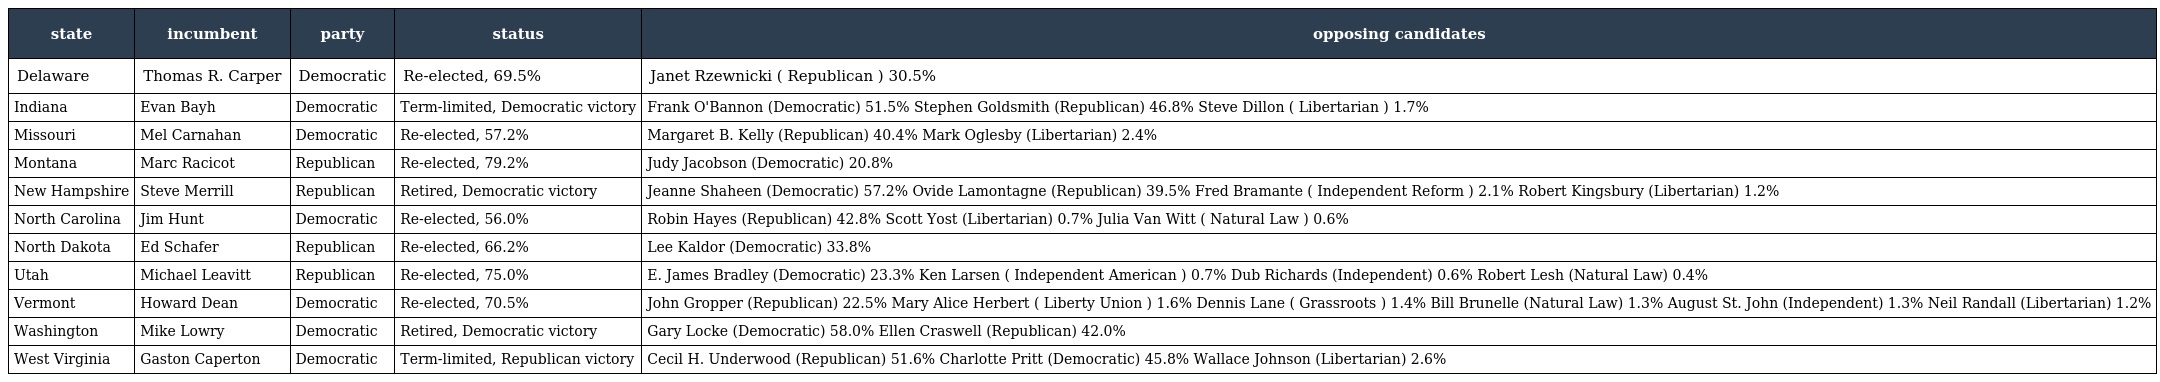
| state | incumbent | party | status | opposing candidates |
 | --- | --- | --- | --- | --- |
 | Delaware | Thomas R. Carper | Democratic | Re-elected, 69.5% | Janet Rzewnicki ( Republican ) 30.5% |
 | Indiana | Evan Bayh | Democratic | Term-limited, Democratic victory | Frank O'Bannon (Democratic) 51.5% Stephen Goldsmith (Republican) 46.8% Steve Dillon ( Libertarian ) 1.7% |
 | Missouri | Mel Carnahan | Democratic | Re-elected, 57.2% | Margaret B. Kelly (Republican) 40.4% Mark Oglesby (Libertarian) 2.4% |
 | Montana | Marc Racicot | Republican | Re-elected, 79.2% | Judy Jacobson (Democratic) 20.8% |
 | New Hampshire | Steve Merrill | Republican | Retired, Democratic victory | Jeanne Shaheen (Democratic) 57.2% Ovide Lamontagne (Republican) 39.5% Fred Bramante ( Independent Reform ) 2.1% Robert Kingsbury (Libertarian) 1.2% |
 | North Carolina | Jim Hunt | Democratic | Re-elected, 56.0% | Robin Hayes (Republican) 42.8% Scott Yost (Libertarian) 0.7% Julia Van Witt ( Natural Law ) 0.6% |
 | North Dakota | Ed Schafer | Republican | Re-elected, 66.2% | Lee Kaldor (Democratic) 33.8% |
 | Utah | Michael Leavitt | Republican | Re-elected, 75.0% | E. James Bradley (Democratic) 23.3% Ken Larsen ( Independent American ) 0.7% Dub Richards (Independent) 0.6% Robert Lesh (Natural Law) 0.4% |
 | Vermont | Howard Dean | Democratic | Re-elected, 70.5% | John Gropper (Republican) 22.5% Mary Alice Herbert ( Liberty Union ) 1.6% Dennis Lane ( Grassroots ) 1.4% Bill Brunelle (Natural Law) 1.3% August St. John (Independent) 1.3% Neil Randall (Libertarian) 1.2% |
 | Washington | Mike Lowry | Democratic | Retired, Democratic victory | Gary Locke (Democratic) 58.0% Ellen Craswell (Republican) 42.0% |
 | West Virginia | Gaston Caperton | Democratic | Term-limited, Republican victory | Cecil H. Underwood (Republican) 51.6% Charlotte Pritt (Democratic) 45.8% Wallace Johnson (Libertarian) 2.6% |